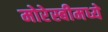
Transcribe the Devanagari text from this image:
मोरेस्बीमध्ये